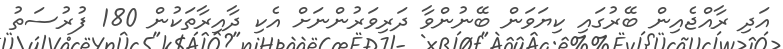
އަދި ރާއްޖެއިން ބޭރުގައި ކިޔަވަން ބޭނުންވާ ދަރިވަރުންނަށް އެކި ދާއިރާތަކުން 180 ފުރުސަތު